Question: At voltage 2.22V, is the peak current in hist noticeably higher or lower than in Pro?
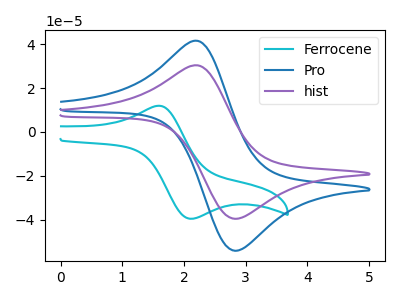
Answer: <think>The cyan curve "Ferrocene" has an anodic peak at (1.60V, 11.90uA) and a cathodic peak at (2.10V, -39.55uA). The blue curve "Pro" has an anodic peak at (2.20V, 41.50uA) and a cathodic peak at (2.85V, -54.15uA). The purple curve "hist" has an anodic peak at (2.20V, 30.35uA) and a cathodic peak at (2.85V, -39.60uA).</think>
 <answer>The peak at 2.22V is lower in "hist" than in "Pro".</answer>
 <eval>lower</eval>